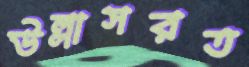
উল্লাসরত